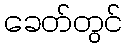
ခေတ်တွင်